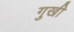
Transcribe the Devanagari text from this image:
गुखी